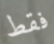
فقط